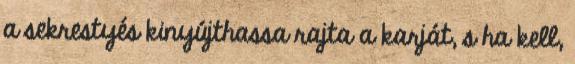
a sekrestyés kinyújthassa rajta a karját, s ha kell,